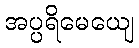
အပ္ပရိမေယျေ